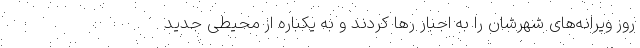
روز ویرانه‌های شهرشان را به اجبار رها کردند و به یکباره از محیطی جدید